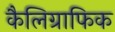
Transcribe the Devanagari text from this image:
कैलिग्राफिक